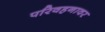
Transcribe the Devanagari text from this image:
परिवहनावर